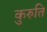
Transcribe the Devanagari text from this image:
कुरुति